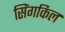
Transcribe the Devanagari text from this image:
सिंगकिल